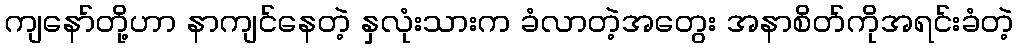
ကျနော်တို့ဟာ နာကျင်နေတဲ့ နှလုံးသားက ခံလာတဲ့အတွေး အနာစိတ်ကိုအရင်းခံတဲ့